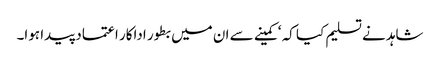
شاہد نے تسلیم کیا کہ ‘کمینے سے ان میں بطور اداکار اعتماد پیدا ہوا۔